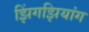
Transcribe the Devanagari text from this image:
झिंगझियांग